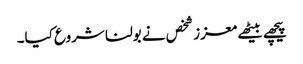
پیچھے بیٹھے معزز شخص نے بولنا شروع کیا۔